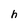
Character: h